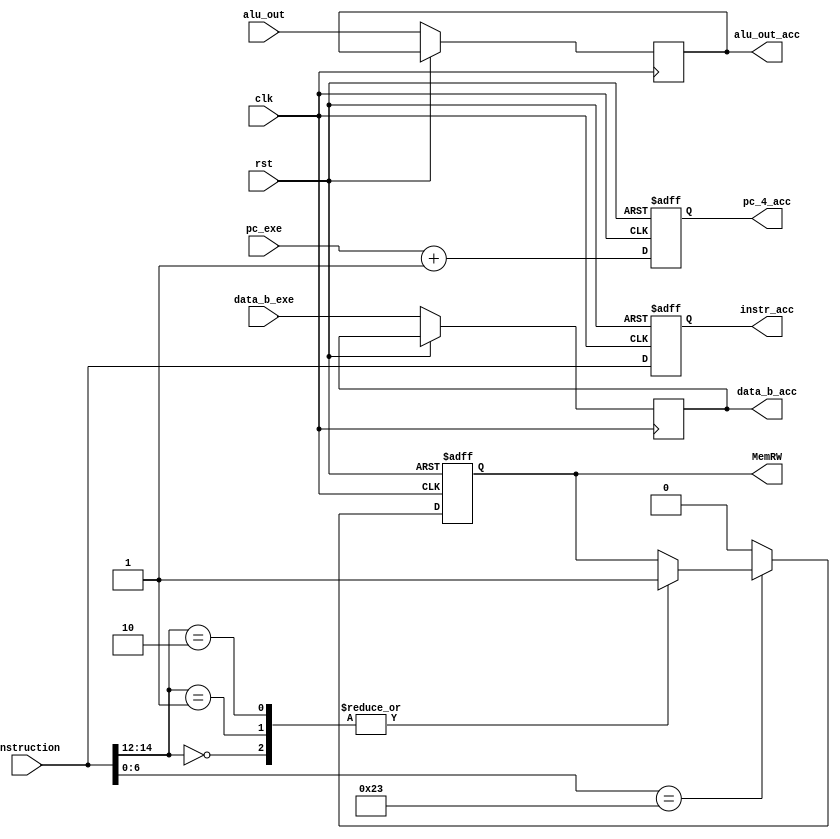
module access_ctl(
    input clk,
    input rst,
    input [31:0] pc_exe,
    input [31:0] alu_out,
    input [31:0] data_b_exe,
    input [31:0] instruction,
    output [31:0] pc_4_acc,
    output [31:0] alu_out_acc,
    output [31:0] data_b_acc,
    output [31:0] instr_acc,
    output MemRW
);

reg        r_mem_wr;
reg [31:0] r_pc_4_acc;
reg [31:0] r_alu_out_acc;
reg [31:0] r_data_b_acc;
reg [31:0] r_instr_acc;

assign instr_acc = r_instr_acc;
assign MemRW = r_mem_wr;
assign pc_4_acc = r_pc_4_acc;
assign alu_out_acc = r_alu_out_acc;
assign data_b_acc = r_data_b_acc;

always @(posedge clk or posedge rst) begin
    if (rst) begin
        r_pc_4_acc <= 32'b1;
        r_mem_wr   <= 1'b0;
        r_instr_acc <= 32'hxxxxxxxx;
    end else begin
        case (instruction[6:0])
            7'b0100011: begin
                case (instruction[14:12])
                    // SB Instruction
                    3'b000: begin
                        r_mem_wr  <= 1'b1;
                    end
                    // SH Instruction
                    3'b001: begin
                        r_mem_wr  <= 1'b1;
                    end
                    // SW Instruction
                    3'b010: begin
                        r_mem_wr  <= 1'b1;
                    end
                endcase
            end
            default: begin
                r_mem_wr <= 1'b0;
            end
        endcase
        r_pc_4_acc    <= pc_exe + 'b1;
        r_alu_out_acc <= alu_out;
        r_data_b_acc  <= data_b_exe;
        r_instr_acc   <= instruction;
    end
end
endmodule